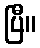
ပြီ။